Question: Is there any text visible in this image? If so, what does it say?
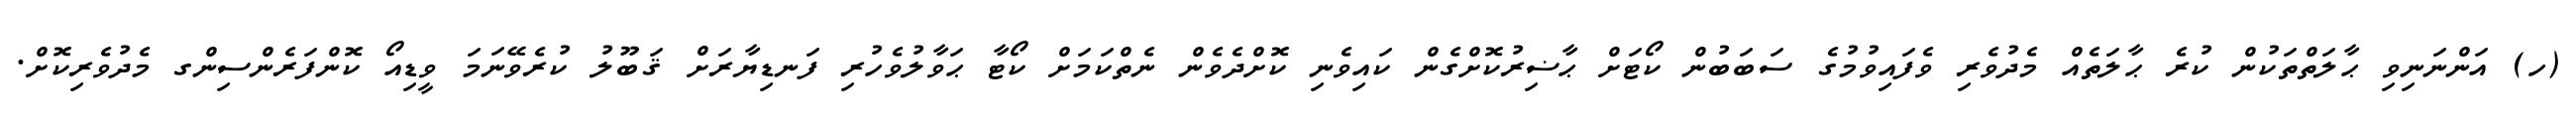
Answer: (ހ) އަންނަނިވި ޙާލަތްތަކުން ކުރެ ޙާލަތެއް މެދުވެރި ވެފައިވުމުގެ ސަބަބުން ކޯޓަށް ޙާޟިރުކޮށްގެން ކައިވެނި ކޮށްދެވެން ނެތްކަމަށް ކޯޓާ ޙަވާލުވެހުރި ފަނޑިޔާރަށް ޤަބޫލު ކުރެވޭނަމަ ވީޑިއޯ ކޮންފަރެންސިންގ މެދުވެރިކޮށް.